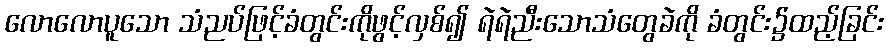
လောလောပူသော သံညပ်ဖြင့်ခံတွင်းကိုဖွင့်လှစ်၍ ရဲရဲညီးသောသံတွေခဲကို ခံတွင်း၌ထည့်ခြင်း